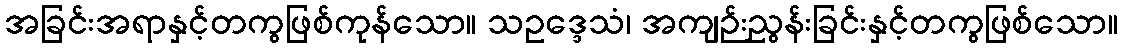
အခြင်းအရာနှင့်တကွဖြစ်ကုန်သော။ သဥဒ္ဒေသံ၊ အကျဉ်းညွန်းခြင်းနှင့်တကွဖြစ်သော။